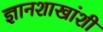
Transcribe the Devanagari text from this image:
ज्ञानशाखांशी